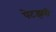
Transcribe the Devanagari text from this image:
पेटझरी